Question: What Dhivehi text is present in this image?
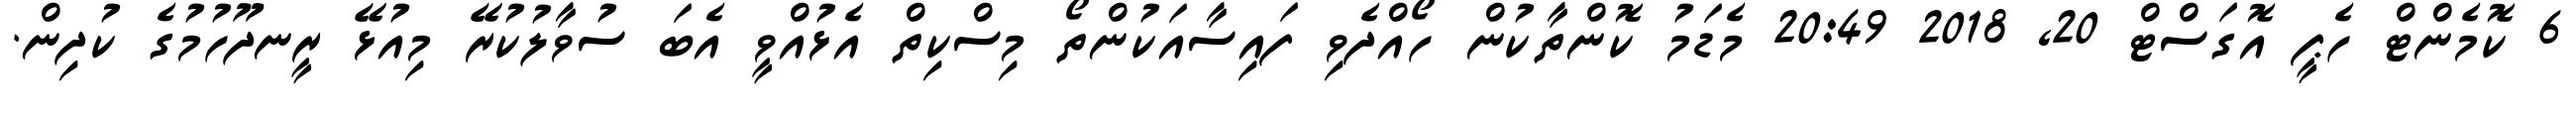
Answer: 6 ކޮމެންޓް ހެޕީ އޮގަސްޓް 20, 2018 20:49 މެޑަމު ކޮންތާކުން ހޯއްދެވި ފައިސާއަކުންތޯ މިސްކިތް އެޅުއްވީ އެބަ ސުވާލުކުރޭ މިއުޅޭ ރީނދޫހުމުގެ ކުދިން.